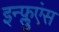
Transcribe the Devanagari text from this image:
इन्फ्लुएंस